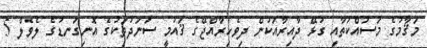
މަޤާމުގެ މަސައްކަތާއި ގުޅޭ ދާއިރާއަކުން ދިވެހިރާއްޖޭގެ ޤައުމީ ސަނަދުތަކުގެ އޮނިގަނޑުގެ ލެވެލް 5